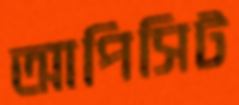
আপিসিট